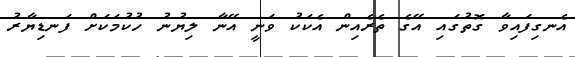
އެނގިފައިވާ ގޮތުގައި އޭގެ ތެރެއިން އެކަކު ވަނީ އޭނާ ލިޔުނު ހުކުމަކަށް ފަނޑިޔާރު